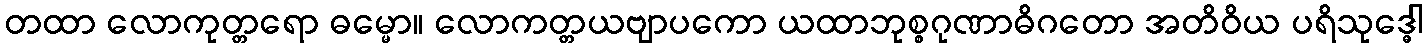
တထာ လောကုတ္တရော ဓမ္မော။ လောကတ္တယဗျာပကော ယထာဘုစ္စဂုဏာဓိဂတော အတိဝိယ ပရိသုဒ္ဓေါ